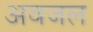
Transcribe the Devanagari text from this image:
अवजल